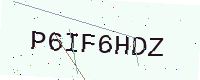
Text: P6IF6HDZ